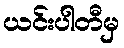
ယင်းပါတီမှ